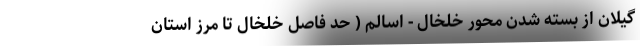
گیلان از بسته شدن محور خلخال - اسالم ( حد فاصل خلخال تا مرز استان